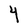
Character: Y